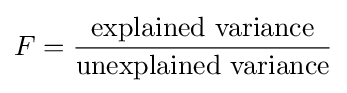
F={\frac {\text{explained variance}}{\text{unexplained variance}}}